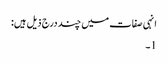
انہی صفات میں چند درج ذیل ہیں:
1۔